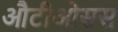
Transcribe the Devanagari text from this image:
औटीओसस